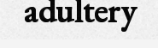
adultery